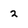
Character: 2